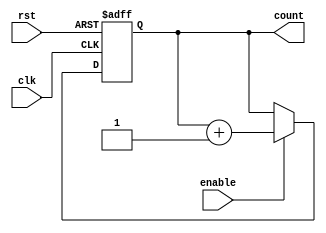
module paramCounter ( clk, rst, enable, count );
parameter Olength=0;
parameter modO=0;
parameter iv={Olength{1'b0}};
input clk, rst, enable;
output [Olength:0] count;
reg [Olength:0] count_ff, count_nxt;
assign count = count_ff;

always @ (*) begin 
//proces combina?ional, declan?at cand se schimb? un semnal din interior
count_nxt = count_ff;
if( enable ) count_nxt = count_ff + 1'b1;
if(count_ff== modO-1) count_nxt='d0;
end

always @ (posedge clk or negedge rst) begin 
// proces secven?ial declan?at de front cresc?tor de clk sau rst
      if (!rst) begin
      	count_ff <= iv;
      end 
      else begin
           count_ff <= count_nxt;
      end
 end
endmodule